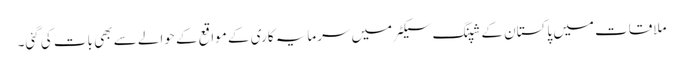
ملاقات میں پاکستان کے شپنگ سیکٹر میں سرمایہ کاری کے مواقع کے حوالے سے بھی بات کی گئی۔